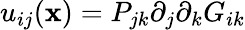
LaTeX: u_{ij}({\mathbf x})=P_{jk}\partial_{j}\partial_{k}G_{ik}